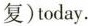
复)today.